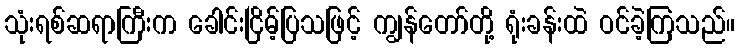
သုံးရစ်ဆရာကြီးက ခေါင်းငြိမ့်ပြသဖြင့် ကျွန်တော်တို့ ရုံးခန်းထဲ ဝင်ခဲ့ကြသည်။